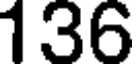
136